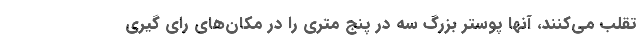
تقلب می‌کنند، آنها پوستر بزرگ سه در پنج متری را در مکان‌های رای گیری